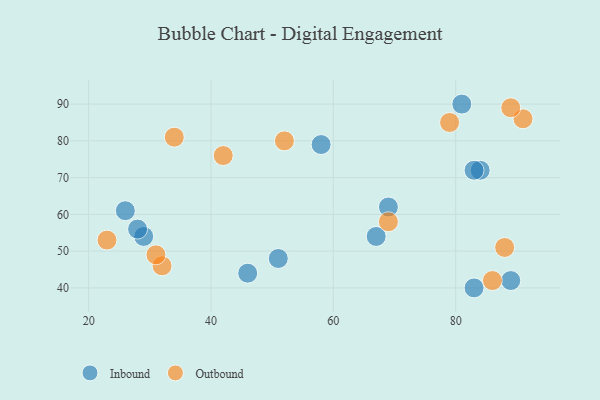
{"axis": {"x": "GDP", "y": "Life Expectancy"}, "legend": ["Inbound", "Outbound"], "data": [{"x": "51", "y": 48, "type": "Inbound"}, {"x": "83", "y": 40, "type": "Inbound"}, {"x": "69", "y": 62, "type": "Inbound"}, {"x": "46", "y": 44, "type": "Inbound"}, {"x": "26", "y": 61, "type": "Inbound"}, {"x": "89", "y": 42, "type": "Inbound"}, {"x": "84", "y": 72, "type": "Inbound"}, {"x": "29", "y": 54, "type": "Inbound"}, {"x": "67", "y": 54, "type": "Inbound"}, {"x": "81", "y": 90, "type": "Inbound"}, {"x": "58", "y": 79, "type": "Inbound"}, {"x": "83", "y": 72, "type": "Inbound"}, {"x": "28", "y": 56, "type": "Inbound"}, {"x": "42", "y": 76, "type": "Outbound"}, {"x": "69", "y": 58, "type": "Outbound"}, {"x": "52", "y": 80, "type": "Outbound"}, {"x": "88", "y": 51, "type": "Outbound"}, {"x": "79", "y": 85, "type": "Outbound"}, {"x": "34", "y": 81, "type": "Outbound"}, {"x": "32", "y": 46, "type": "Outbound"}, {"x": "91", "y": 86, "type": "Outbound"}, {"x": "23", "y": 53, "type": "Outbound"}, {"x": "89", "y": 89, "type": "Outbound"}, {"x": "31", "y": 49, "type": "Outbound"}, {"x": "86", "y": 42, "type": "Outbound"}]}